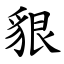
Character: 貇